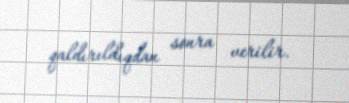
qaldırıldıqdan sonra verilir.